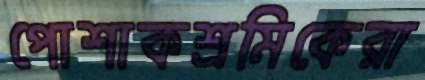
পোশাকশ্রমিকেরা